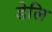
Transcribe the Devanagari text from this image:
डेलि